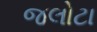
જલોટા